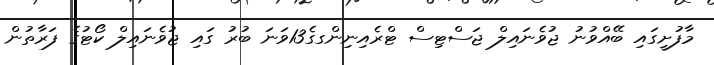
މާފުށީގައި ބޭއްވުނު ޖުވެނައިލް ޖަސްޓިސް ޓްރެއިނިންގގެ13ވަނަ ބުރު ގައި ޖުވެނައިލް ކޯޓުގެ ފަރާތުން